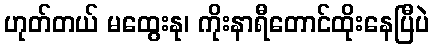
ဟုတ်တယ် မထွေးနု၊ ကိုးနာရီတောင်ထိုးနေပြီပဲ